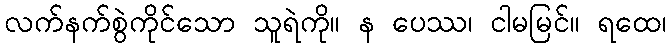
လက်နက်စွဲကိုင်သော သူရဲကို။ န ပေဿ၊ ငါမမြင်။ ရထေ၊